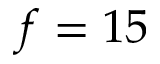
f = 1 5